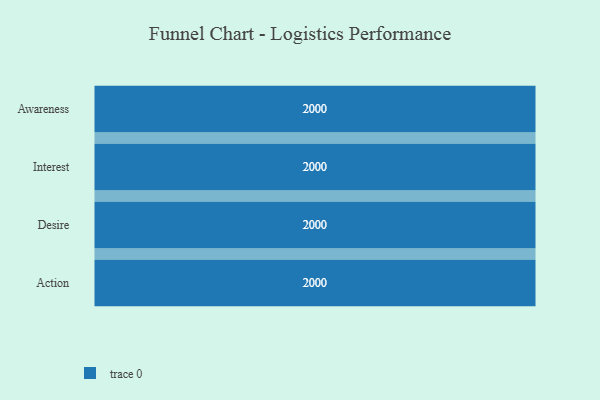
{"axis": {"x": "Stage", "y": "Value"}, "legend": [""], "data": [{"x": "Awareness", "y": 2000, "type": ""}, {"x": "Interest", "y": 2000, "type": ""}, {"x": "Desire", "y": 2000, "type": ""}, {"x": "Action", "y": 2000, "type": ""}]}